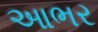
આભર